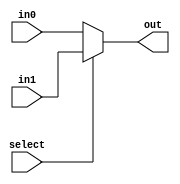
module mux(in0,in1,out,select);

input[31:0] in0;
input[31:0] in1;
output[31:0] out;
input select;

assign out = (select==0)?in0:in1;

endmodule